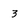
Character: 3